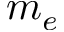
m _ { e }